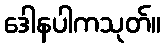
ဒေါနပါကသုတ်။